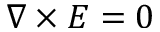
\nabla \times E = 0